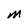
Character: M